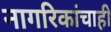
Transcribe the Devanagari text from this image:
नागरिकांचाही